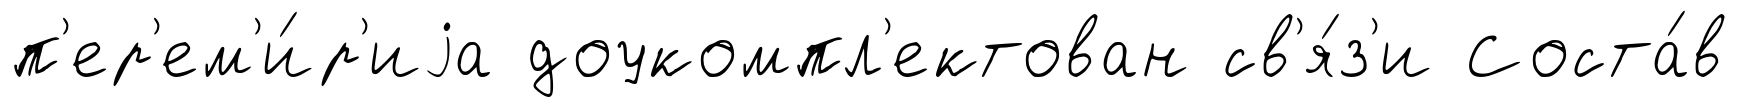
п'ер'ем'и́р'иjа доукомпл'ектован св'я́з'и Соста́в